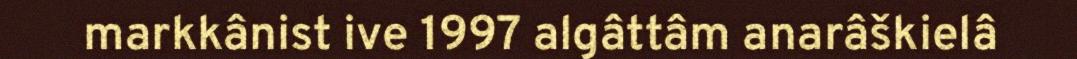
markkânist ive 1997 algâttâm anarâškielâ